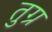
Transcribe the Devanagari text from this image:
तुग्र